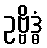
ဥဗ္ဗိဒ္ဓံ